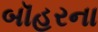
બૉહરના